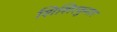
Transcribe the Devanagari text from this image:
शिशिरकुमार